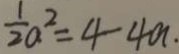
\frac { 1 } { 2 } a ^ { 2 } = 4 - 4 a